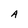
Character: A